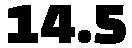
14.5